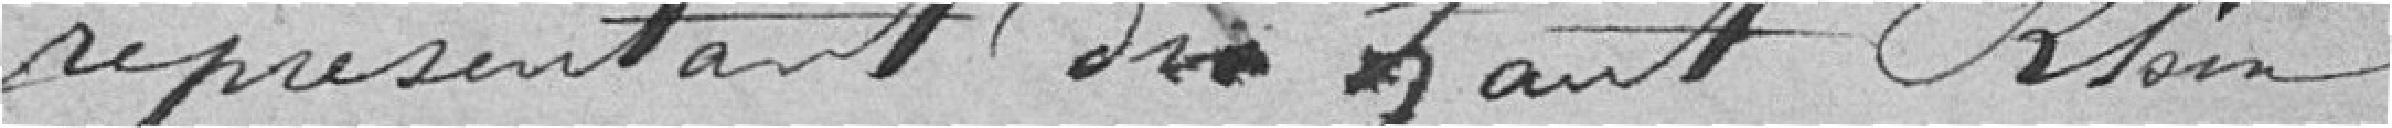
représentants du Haut-Rhin.